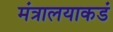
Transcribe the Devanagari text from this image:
मंत्रालयाकडं